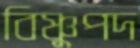
বিষ্ণুপদ